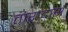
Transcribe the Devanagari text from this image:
तारादास